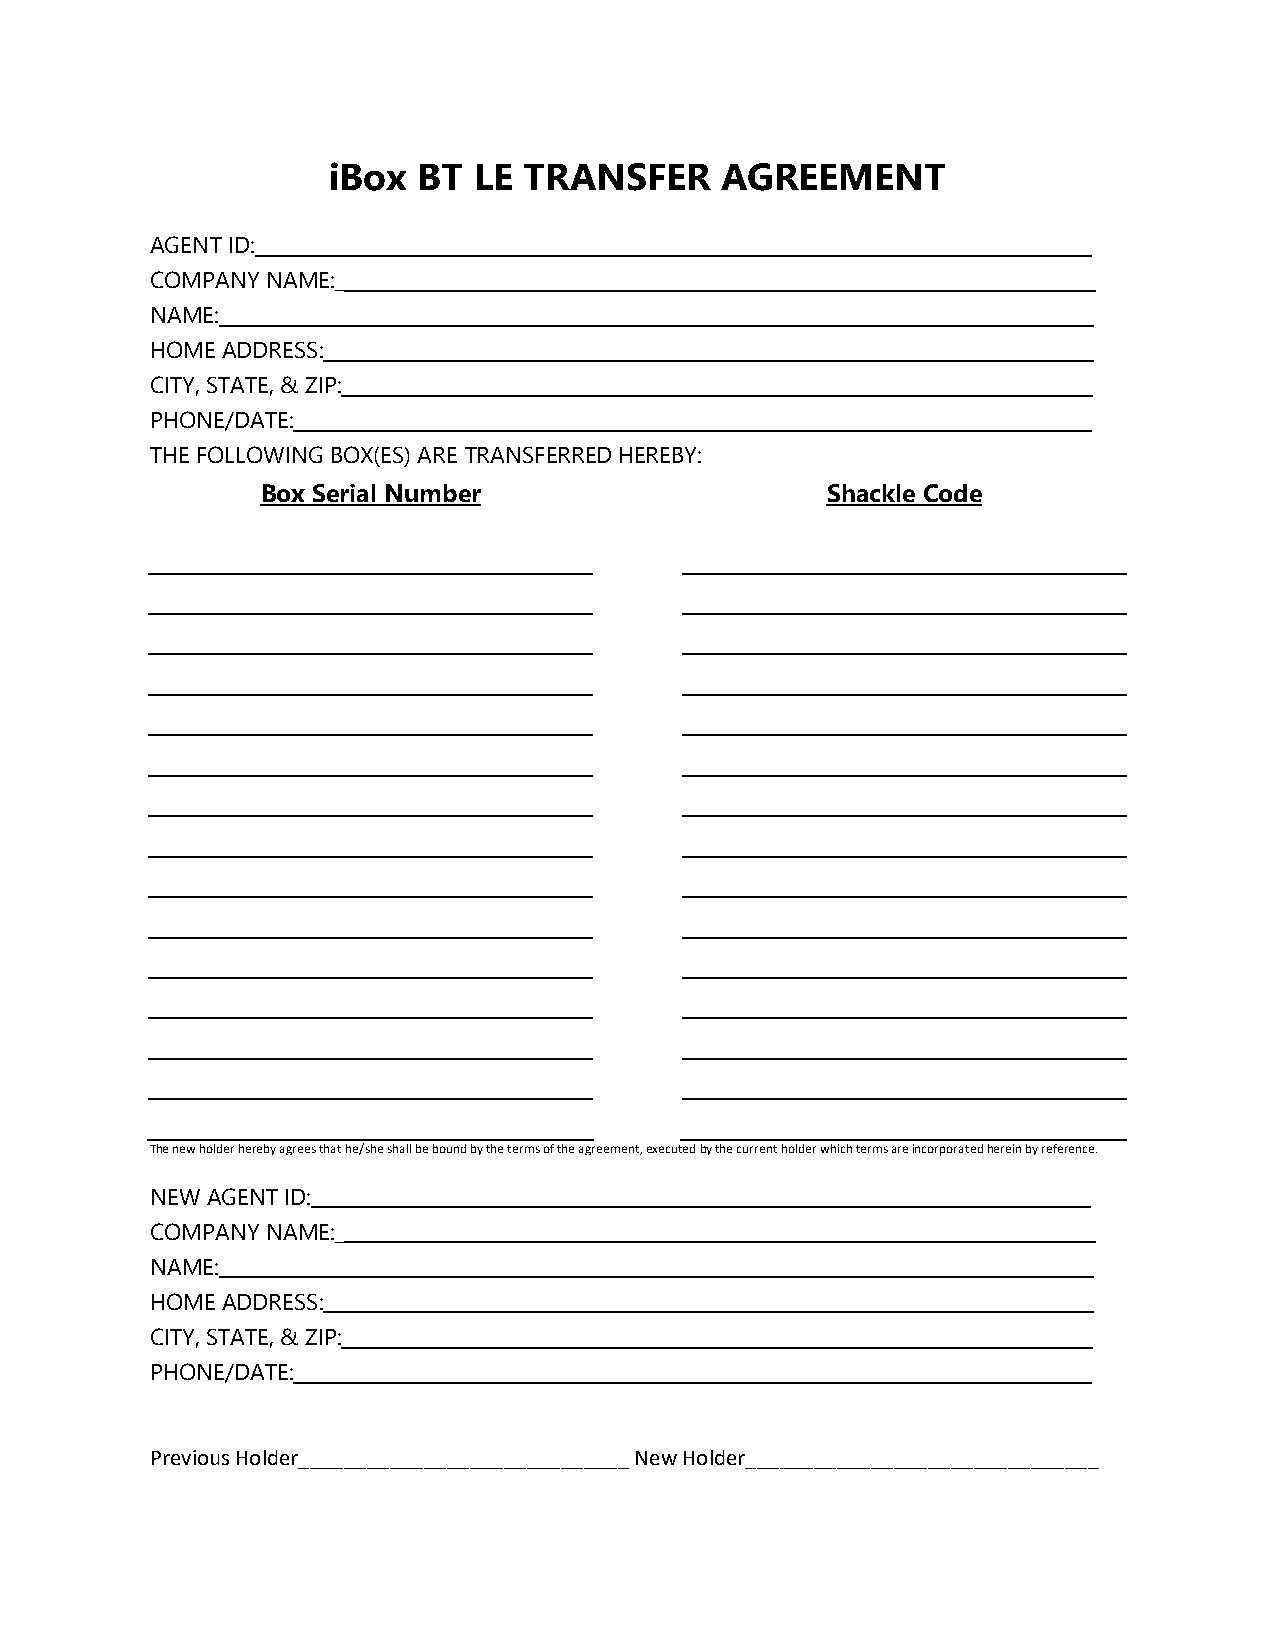
iBox  BT LE  TRANSFER     AGREEMENT
 AGENT ID:________________________________________________________________________________________
 COMPANY NAME:________________________________________________________________________________
 NAME:____________________________________________________________________________________________
 HOME ADDRESS:_________________________________________________________________________________
 CITY, STATE, & ZIP:_______________________________________________________________________________
 PHONE/DATE:____________________________________________________________________________________
 THE FOLLOWING BOX(ES) ARE TRANSFERRED HEREBY:
 Box Serial Number                     Shackle Code
 The new holder hereby agrees that he/she shall be bound by the terms of the agree ment, executed by the current holder which terms are incorporated herein by reference.
 NEW AGENT ID:__________________________________________________________________________________
 COMPANY NAME:________________________________________________________________________________
 NAME:____________________________________________________________________________________________
 HOME ADDRESS:_________________________________________________________________________________
 CITY, STATE, & ZIP:_______________________________________________________________________________
 PHONE/DATE:____________________________________________________________________________________
 Previous Holder_____________________________ New Holder_______________________________